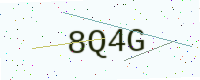
Text: 8Q4G